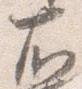
右